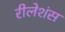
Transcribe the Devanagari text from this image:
रीलेशंस